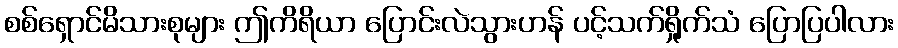
စစ်ရှောင်မိသားစုများ ဤကိရိယာ ပြောင်းလဲသွားဟန် ပင့်သက်ရှိုက်သံ ပြောပြပါလား